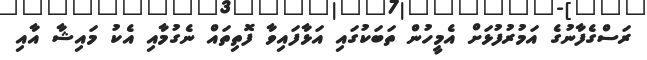
ރަސްގެފާނުގެ އަމުރުފުޅަށް އެމީހުން ތަބަކުގައި އަޅާފައިވާ ފޮތިތައް ނެގުމާއި އެކު މައިޝާ އާއި